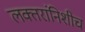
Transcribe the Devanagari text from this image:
लक्तरांनिशीच